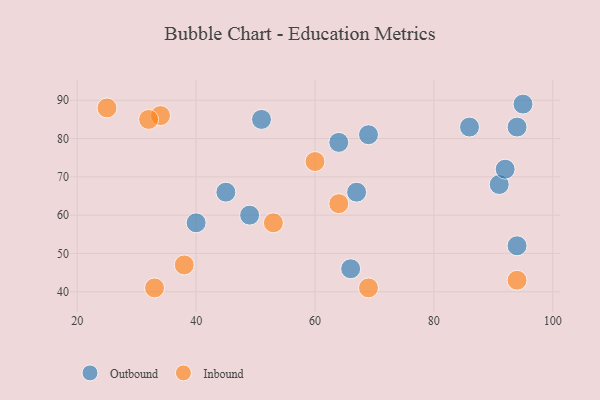
{"axis": {"x": "GDP", "y": "Life Expectancy"}, "legend": ["Inbound", "Outbound"], "data": [{"x": "45", "y": 66, "type": "Outbound"}, {"x": "86", "y": 83, "type": "Outbound"}, {"x": "69", "y": 81, "type": "Outbound"}, {"x": "40", "y": 58, "type": "Outbound"}, {"x": "91", "y": 68, "type": "Outbound"}, {"x": "64", "y": 79, "type": "Outbound"}, {"x": "51", "y": 85, "type": "Outbound"}, {"x": "66", "y": 46, "type": "Outbound"}, {"x": "67", "y": 66, "type": "Outbound"}, {"x": "94", "y": 52, "type": "Outbound"}, {"x": "94", "y": 83, "type": "Outbound"}, {"x": "92", "y": 72, "type": "Outbound"}, {"x": "95", "y": 89, "type": "Outbound"}, {"x": "49", "y": 60, "type": "Outbound"}, {"x": "25", "y": 88, "type": "Inbound"}, {"x": "94", "y": 43, "type": "Inbound"}, {"x": "34", "y": 86, "type": "Inbound"}, {"x": "38", "y": 47, "type": "Inbound"}, {"x": "60", "y": 74, "type": "Inbound"}, {"x": "64", "y": 63, "type": "Inbound"}, {"x": "32", "y": 85, "type": "Inbound"}, {"x": "33", "y": 41, "type": "Inbound"}, {"x": "53", "y": 58, "type": "Inbound"}, {"x": "69", "y": 41, "type": "Inbound"}]}